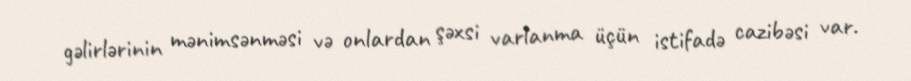
gəlirlərinin mənimsənməsi və onlardan şəxsi varlanma üçün istifadə cazibəsi var.